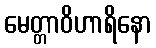
မေတ္တာဝိဟာရိနော